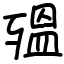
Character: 殟